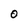
Character: 0